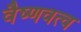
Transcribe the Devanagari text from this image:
वैष्णवत्व